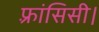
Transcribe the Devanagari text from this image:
फ़्रांसिसी।